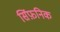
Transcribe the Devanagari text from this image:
सिंफ़निक